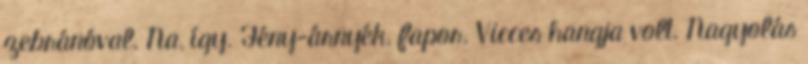
zebránóval. Na, így. Fény-árnyék, fapor. Vicces hangja volt. Nagyolás